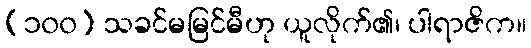
(၁၀၀) သခင်မမြင်မီဟု ယူလိုက်၏၊ ပါရာဇိက။